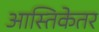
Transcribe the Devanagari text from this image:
आस्तिकेतर